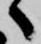
へ